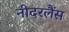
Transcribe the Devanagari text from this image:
नीदरलैंस